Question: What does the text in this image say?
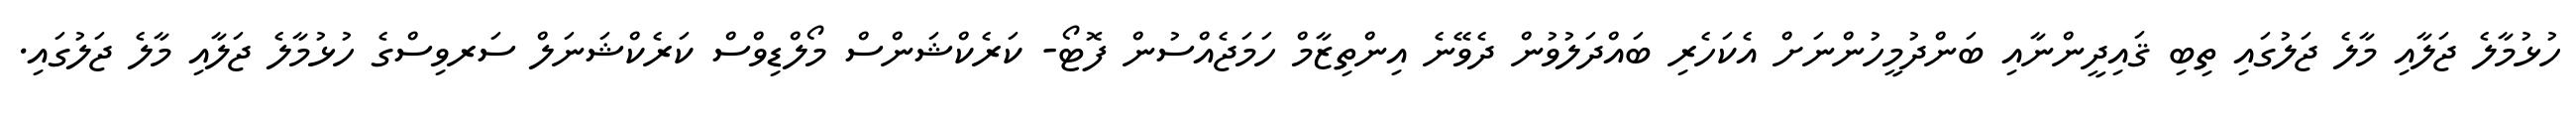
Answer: ހުޅުމާލެ ޖަލާއި މާލެ ޖަލުގައި ތިބި ޤައިދީންނާއި ބަންދުމީހުންނަށް އެކަހެރި ބައްދަލުވުން ދެވޭނެ އިންތިޒާމް ހަމަޖެއްސުން ފޮޓޯ- ކަރެކްޝަންސް މޯލްޑިވްސް ކަރެކްޝަނަލް ސަރވިސްގެ ހުޅުމާލެ ޖަލާއި މާލެ ޖަލުގައި.